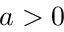
a > 0